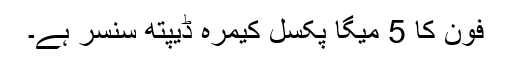
فون کا 5 میگا پکسل کیمرہ ڈیپتھ سنسر ہے۔